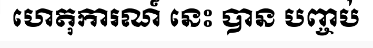
ហេតុការណ៍ នេះ បាន បញ្ចប់